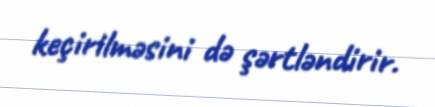
keçirilməsini də şərtləndirir.